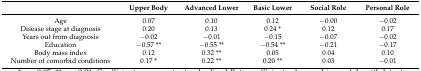
<table><thead><tr><td></td><td><b>Upper Body</b></td><td><b>Advanced Lower</b></td><td><b>Basic Lower</b></td><td><b>Social Role</b></td><td><b>Personal Role</b></td></tr></thead><tbody><tr><td>Age</td><td>0.07</td><td>0.10</td><td>0.12</td><td>−0.00</td><td>−0.02</td></tr><tr><td>Disease stage at diagnosis</td><td>0.20</td><td>0.13</td><td>0.24 *</td><td>0.12</td><td>0.17</td></tr><tr><td>Years out from diagnosis</td><td>−0.02</td><td>−0.01</td><td>−0.15</td><td>−0.07</td><td>−0.02</td></tr><tr><td>Education</td><td>−0.57 **</td><td>−0.55 **</td><td>−0.54 **</td><td>−0.21</td><td>−0.17</td></tr><tr><td>Body mass index</td><td>0.12</td><td>0.32 **</td><td>0.05</td><td>0.04</td><td>0.10</td></tr><tr><td>Number of comorbid conditions</td><td>0.17 *</td><td>0.22 **</td><td>0.20 **</td><td>0.03</td><td>−0.01</td></tr></tbody></table>